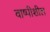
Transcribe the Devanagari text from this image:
वाष्पीशील